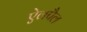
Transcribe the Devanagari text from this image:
ऐलपैल